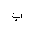
Letter: _ba